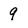
Character: 9